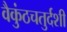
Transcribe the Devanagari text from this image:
वैकुंठचतुर्दशी